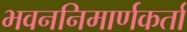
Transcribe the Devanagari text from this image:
भवननिमार्णकर्ता